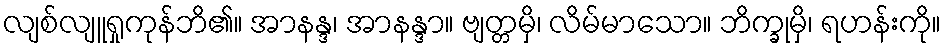
လျစ်လျူရှုကုန်ဘိ၏။ အာနန္ဒ၊ အာနန္ဒာ။ ဗျတ္တမှိ၊ လိမ်မာသော။ ဘိက္ခုမှိ၊ ရဟန်းကို။